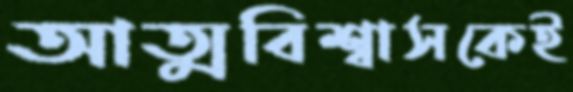
আত্মবিশ্বাসকেই